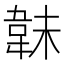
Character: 𩎟